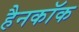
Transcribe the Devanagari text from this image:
हैनकाॅक